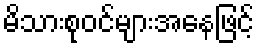
မိသားစုဝင်များအနေဖြင့်